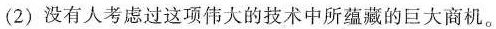
(2)没有人考虑过这项伟大的技术中所蕴藏的巨大商机。